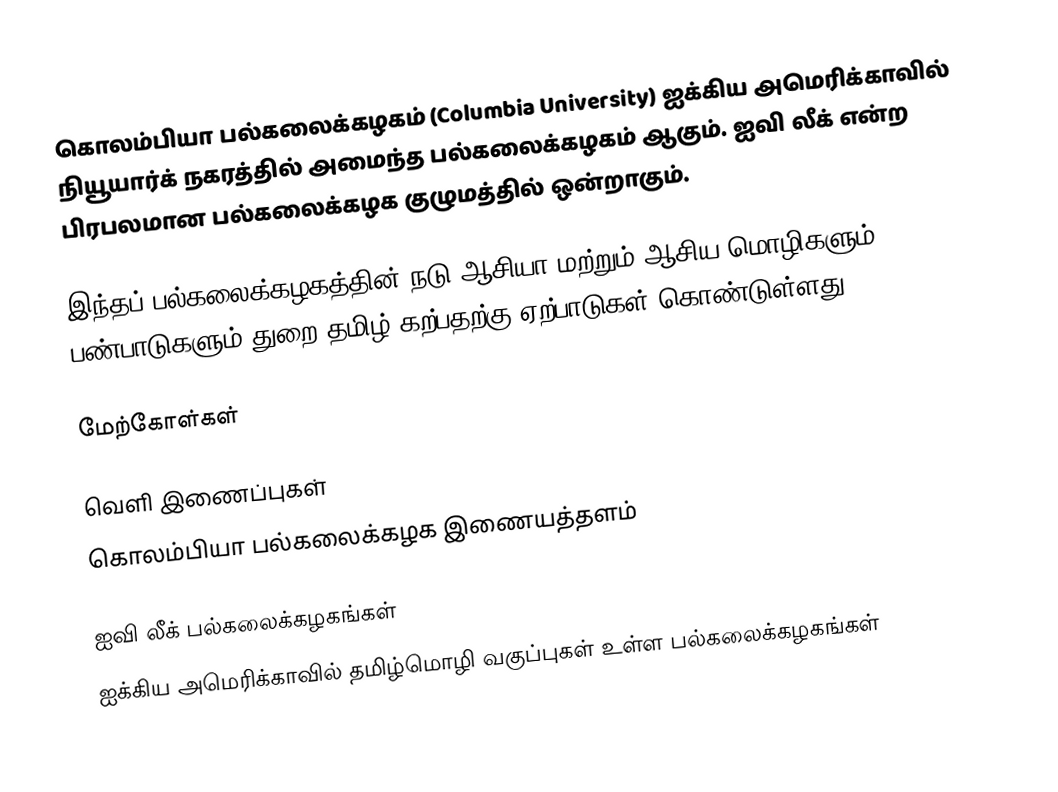
கொலம்பியா பல்கலைக்கழகம் (Columbia University) ஐக்கிய அமெரிக்காவில் நியூயார்க் நகரத்தில் அமைந்த பல்கலைக்கழகம் ஆகும். ஐவி லீக் என்ற பிரபலமான பல்கலைக்கழக குழுமத்தில் ஒன்றாகும்.

இந்தப் பல்கலைக்கழகத்தின் நடு ஆசியா மற்றும் ஆசிய மொழிகளும் பண்பாடுகளும் துறை தமிழ் கற்பதற்கு ஏற்பாடுகள் கொண்டுள்ளது.

மேற்கோள்கள்

வெளி இணைப்புகள்
 கொலம்பியா பல்கலைக்கழக இணையத்தளம்

ஐவி லீக் பல்கலைக்கழகங்கள்
ஐக்கிய அமெரிக்காவில் தமிழ்மொழி வகுப்புகள் உள்ள பல்கலைக்கழகங்கள்